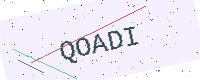
Text: QOADI